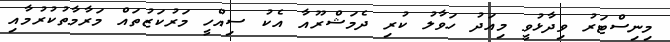
މިނިސްޓަރު ވިދާޅުވީ މިއަދު ހަވާލު ކުރި ދެމަޝްރޫއާ އެކު ސިއްހީ މަރުކަޒުތައް މަރާމާތުކުރުމާއި